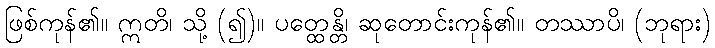
ဖြစ်ကုန်၏။ ဣတိ၊ သို့ (၍)။ ပတ္ထေန္တိ၊ ဆုတောင်းကုန်၏။ တဿာပိ၊ (ဘုရား)